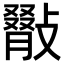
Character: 𢿺